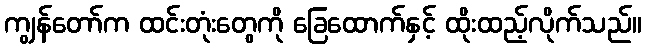
ကျွန်တော်က ထင်းတုံးတွေကို ခြေထောက်နှင့် ထိုးထည့်လိုက်သည်။